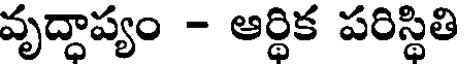
వృద్ధాప్యం - ఆర్థిక పరిస్థితి